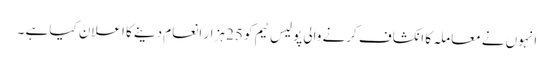
انہوں نے معاملہ کا انکشاف کرنے والی پولیس ٹیم کو 25 ہزار انعام دینے کا اعلان کیا ہے ۔